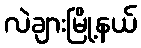
လဲချားမြို့နယ်